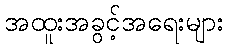
အထူးအခွင့်အရေးများ